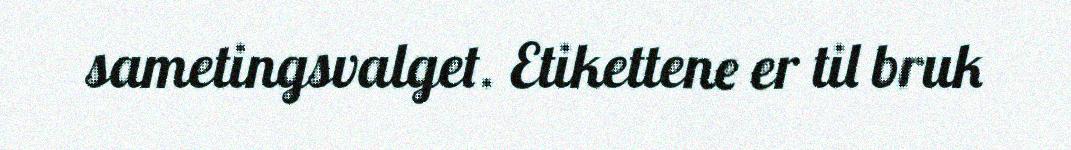
sametingsvalget. Etikettene er til bruk